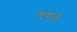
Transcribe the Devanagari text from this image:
गंगल